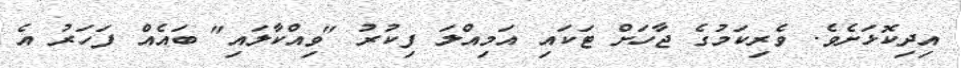
އިދިކޮޅަށެވެ. ވެރިކަމުގެ ޖާހަށް ޓަކައި އަމިއްލަ ފިކުރު "ވިއްކާލައި" ބައެއް ފަހަރު އެ